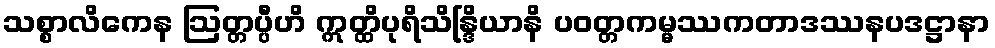
သစ္စာလိကေန ဩတ္တပ္ပီဟိ ဣတ္ထိပုရိသိန္ဒြိယာနိ ပဝတ္တကမ္မဿကတာဒဿနပဒဋ္ဌာနာ